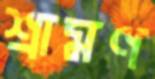
শ্রামণ